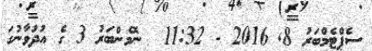
ސެޕްޓެމްބަރު 8